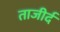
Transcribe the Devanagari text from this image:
ताजीर्द